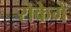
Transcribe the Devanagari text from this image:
रोकेगें